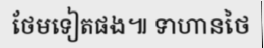
ថែមទៀតផង៕ ទាហានថៃ